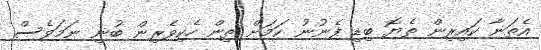
އެތަނާ ކައިރިން ތެޔޮ ބިޑި ފެނުނު ކަމަށް ތިން ހެކިވެރިން ބުނި ނަމަވެސް